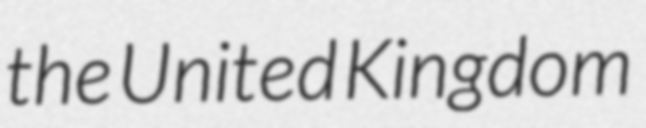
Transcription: the United Kingdom